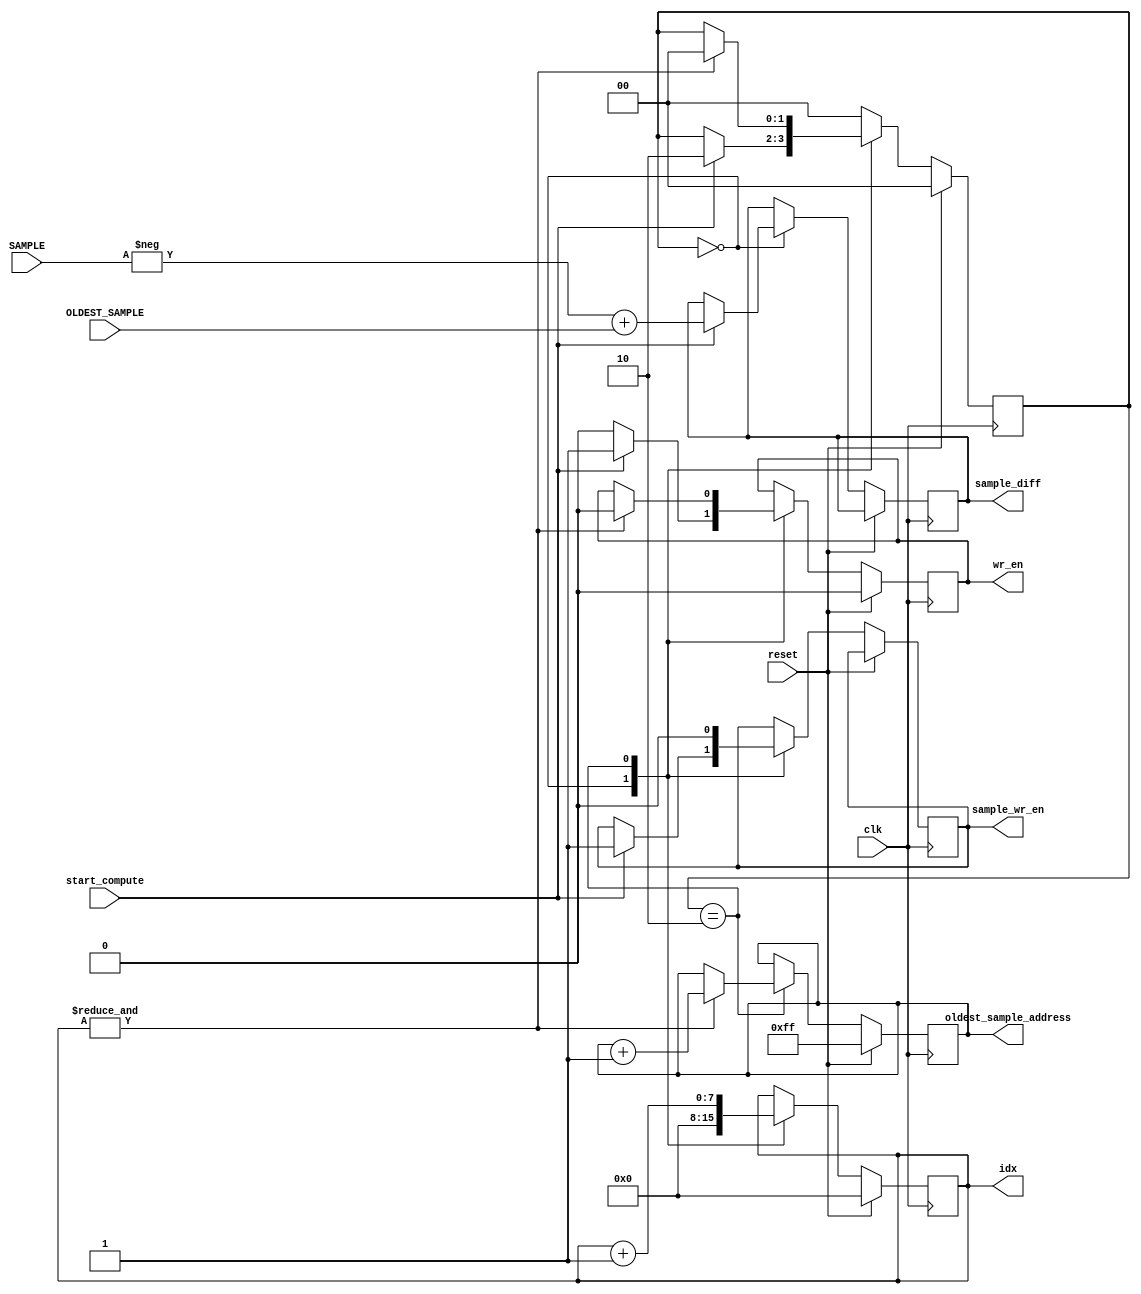
module STFT_SM #(
    parameter
     WORD_WIDTH = 16,
     FFT_SIZE = 256
) (
    input wire clk, reset, 
    input wire start_compute,
    input wire signed [WORD_WIDTH-1: 0] SAMPLE,
    input wire signed [WORD_WIDTH-1: 0] OLDEST_SAMPLE,
    
    output reg signed [WORD_WIDTH-1: 0] sample_diff,
    output reg sample_wr_en,
    output reg [$clog2(FFT_SIZE)-1: 0] oldest_sample_address, 
    output reg [$clog2(FFT_SIZE)-1: 0] idx,  // TO TWIDDLE ADDRESS GENERATION UNIT
    output reg wr_en
);


reg [WORD_WIDTH-1: 0] SAMPLE_RAM [FFT_SIZE-1: 0];

reg [1:0] COMPUTE_STATE;
    localparam IDLE = 2'b00;
    localparam BUSY = 2'b10; 

always @(posedge clk) begin
    if (reset) begin
        idx <= 0; 
        wr_en <= 0;
        COMPUTE_STATE <= IDLE;
        oldest_sample_address <= FFT_SIZE-1; 
        
    end else begin
        case (COMPUTE_STATE)
            IDLE: begin
                idx <= 0;
                wr_en <= 0;
                if (start_compute) begin
                    
                    COMPUTE_STATE <= BUSY;
                    wr_en <= 1'b1;
                    sample_diff <= -SAMPLE+OLDEST_SAMPLE;
                    sample_wr_en <= 1'b1;
                end
            end

            BUSY: begin
                sample_wr_en <= 1'b0;
                idx <= idx + 1'b1;
                if (&idx) begin
                    COMPUTE_STATE <= IDLE;
                    wr_en <= 0;
                    oldest_sample_address <= (oldest_sample_address + 1'b1);
                end
            end
            
            default: COMPUTE_STATE <= IDLE; 
        endcase
    end
end    

endmodule